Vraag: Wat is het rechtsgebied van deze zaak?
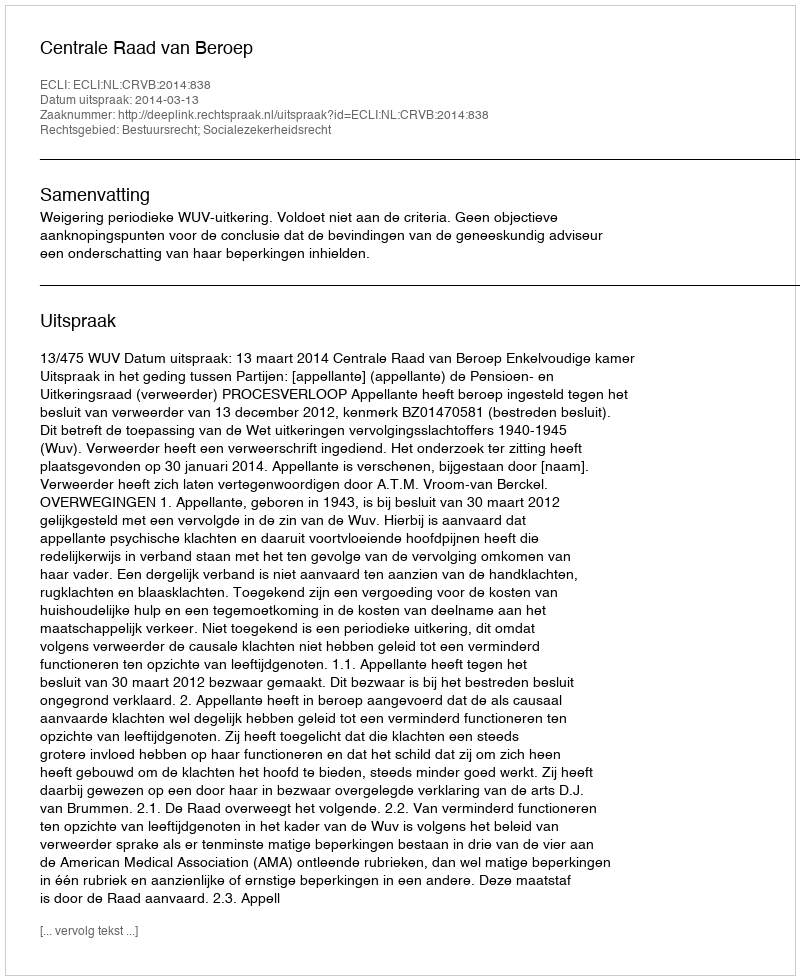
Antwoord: Bestuursrecht; Socialezekerheidsrecht